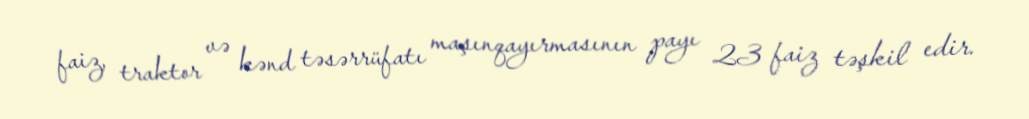
faiz, traktor və kənd təsərrüfatı maşınqayırmasının payı 23 faiz təşkil edir.